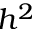
h ^ { 2 }